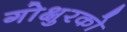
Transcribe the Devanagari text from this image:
गोक्षुरको